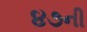
૪૭ની